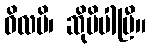
ဝိလပိ၊ ဆိုမိပါပြီ။